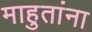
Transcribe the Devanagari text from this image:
माहुतांना